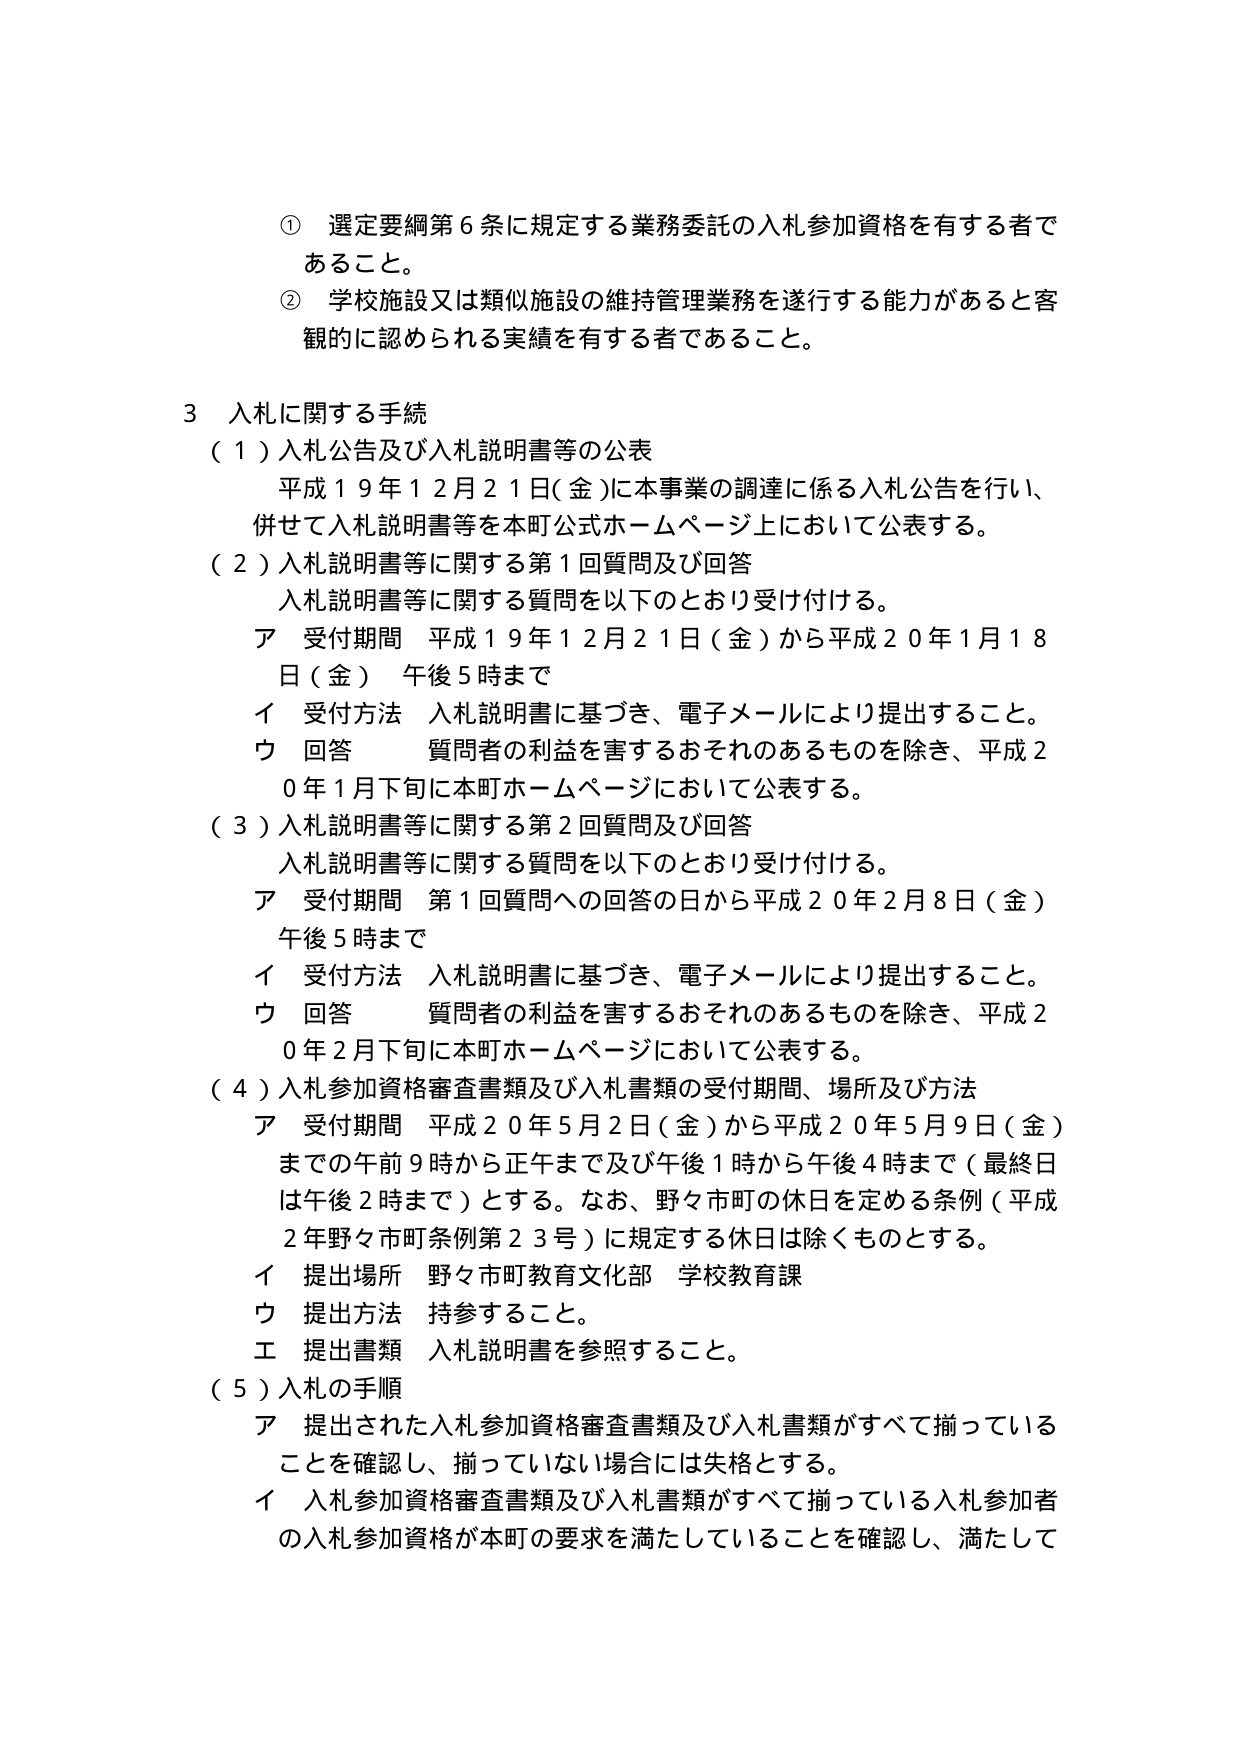
① 選定要綱第６条に規定する業務委託の入札参加資格を有する者であること。

② 学校施設又は類似施設の維持管理業務を遂行する能力があると客観的に認められる実績を有する者であること。

３ 入札に関する手続

（１）入札公告及び入札説明書等の公表
平成１９年１２月２１日（金）に本事業の調達に係る入札公告を行い、併せて入札説明書等を本町公式ホームページ上において公表する。

（２）入札説明書等に関する第１回質問及び回答
入札説明書等に関する質問を以下のとおり受け付ける。
ア 受付期間 平成１９年１２月２１日（金）から平成２０年１月１８日（金） 午後５時まで
イ 受付方法 入札説明書に基づき、電子メールにより提出すること。
ウ 回答 質問者の利益を害するおそれのあるものを除き、平成２０年１月下旬に本町ホームページにおいて公表する。

（３）入札説明書等に関する第２回質問及び回答
入札説明書等に関する質問を以下のとおり受け付ける。
ア 受付期間 第１回質問への回答の日から平成２０年２月８日（金）午後５時まで
イ 受付方法 入札説明書に基づき、電子メールにより提出すること。
ウ 回答 質問者の利益を害するおそれのあるものを除き、平成２０年２月下旬に本町ホームページにおいて公表する。

（４）入札参加資格審査書類及び入札書類の受付期間、場所及び方法
ア 受付期間 平成２０年５月２日（金）から平成２０年５月９日（金）までの午前９時から正午まで及び午後１時から午後４時まで（最終日は午後２時まで）とする。なお、野々市町の休日を定める条例（平成２年野々市町条例第２３号）に規定する休日は除くものとする。
イ 提出場所 野々市町教育文化部 学校教育課
ウ 提出方法 持参すること。
エ 提出書類 入札説明書を参照すること。

（５）入札の手順
ア 提出された入札参加資格審査書類及び入札書類がすべて揃っていることを確認し、揃っていない場合には失格とする。
イ 入札参加資格審査書類及び入札書類がすべて揃っている入札参加者の入札参加資格が本町の要求を満たしていることを確認し、満たして